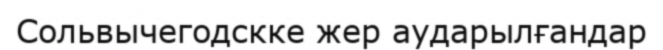
Сольвычегодскке жер аударылғандар